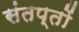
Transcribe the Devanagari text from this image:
संतप्तों